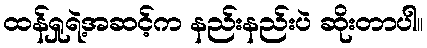
ထန်ရှုရဲ့အဆင့်က နည်းနည်းပဲ ဆိုးတာပါ။